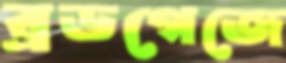
ব্রডগেজে